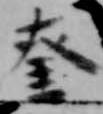
奎